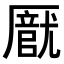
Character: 𠪽